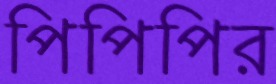
পিপিপির